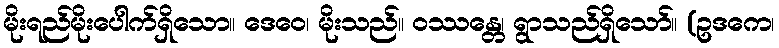
မိုးရည်မိုးပေါက်ရှိသော။ ဒေဝေ၊ မိုးသည်။ ဝဿန္တေ၊ ရွာသည်ရှိသော်။ (ဥဒကေ၊